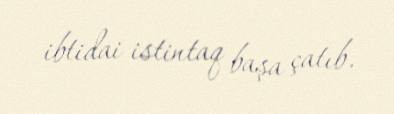
ibtidai istintaq başa çatıb.